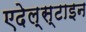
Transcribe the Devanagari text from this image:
एदेल्स्टाइन